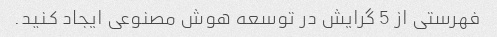
فهرستی از 5 گرایش در توسعه هوش مصنوعی ایجاد کنید.